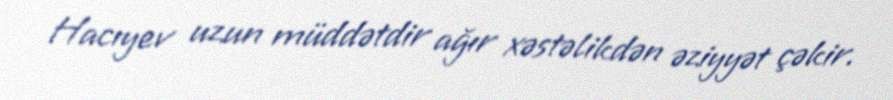
Hacıyev uzun müddətdir ağır xəstəlikdən əziyyət çəkir.